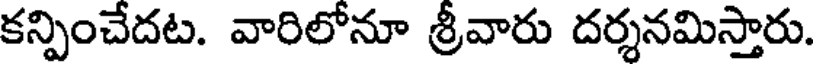
కన్పించేదట. వారిలోనూ శ్రీవారు దర్శనమిస్తారు.